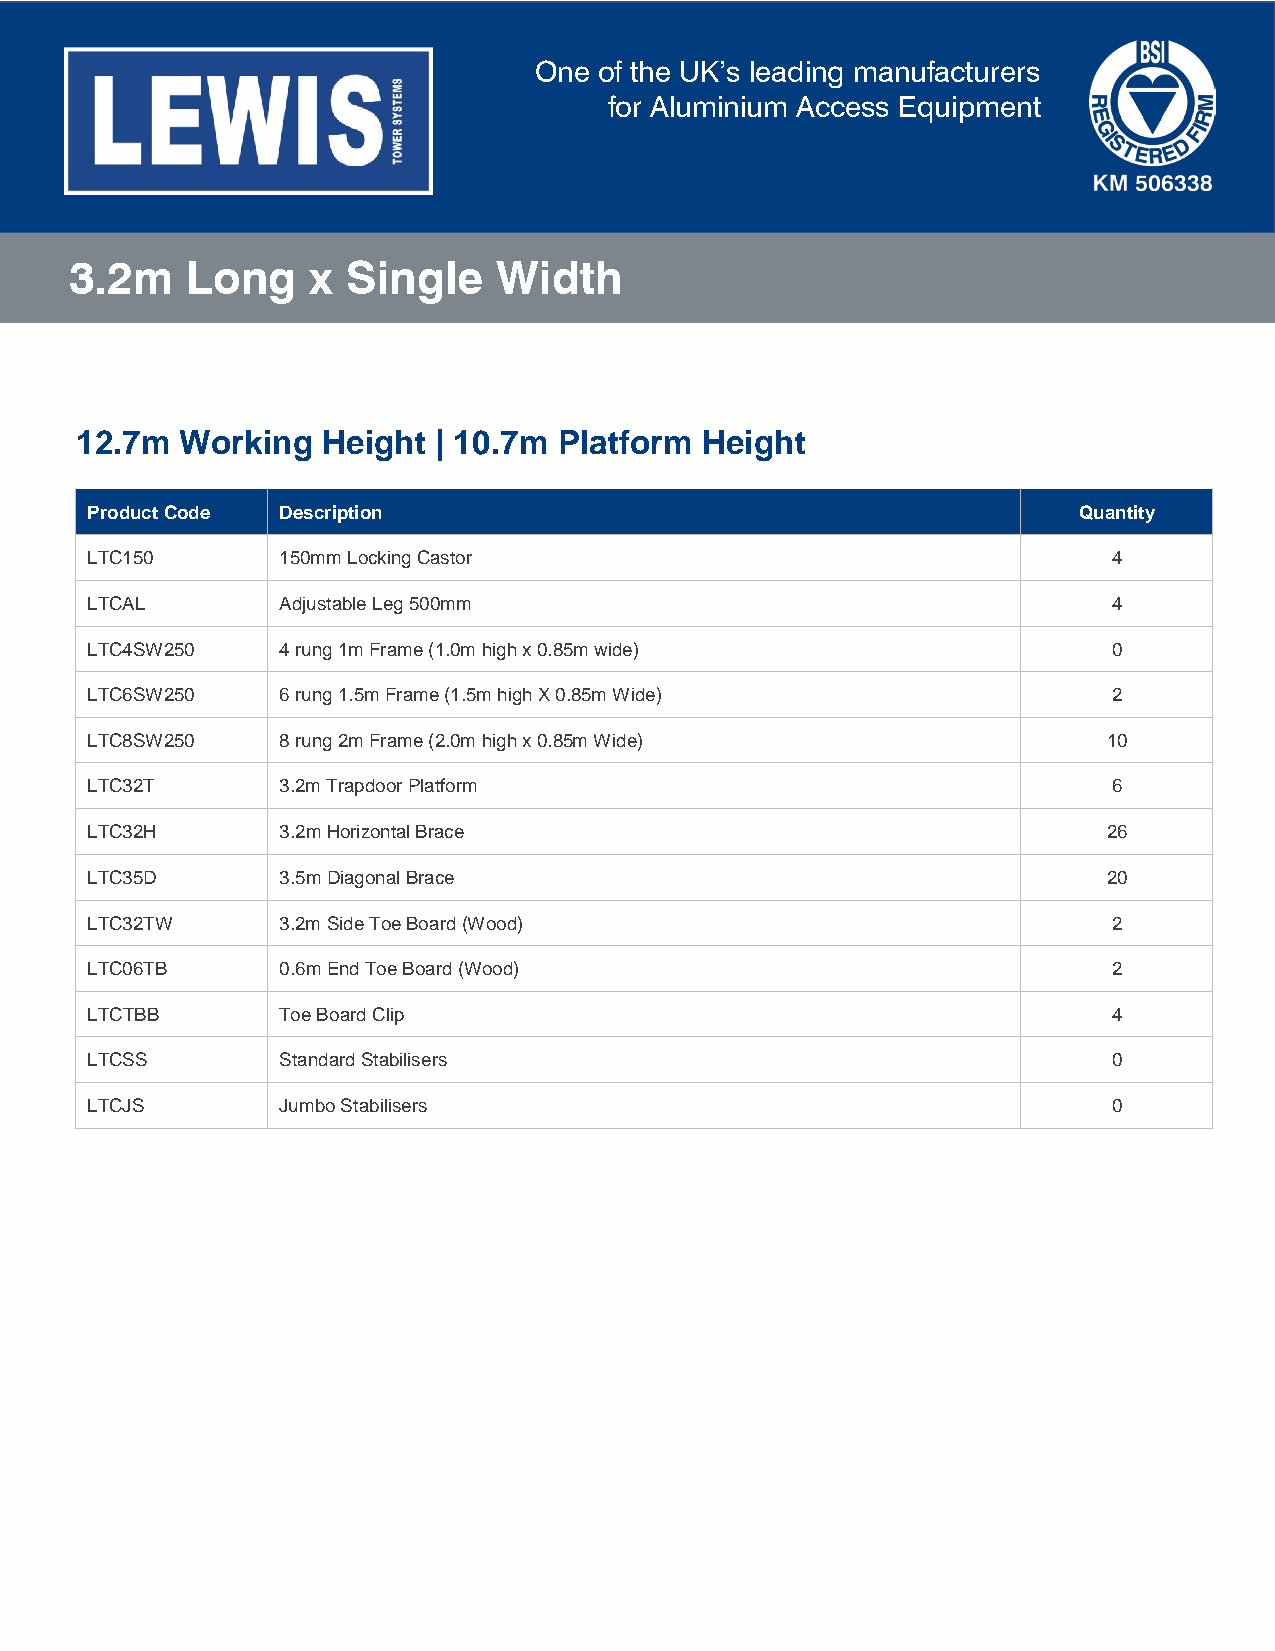
One  of the UK’s leading manufacturers
 for Aluminium Access Equipment
 3.2m   Long     x Single    Width
 12.7m  Working  Height  | 10.7m Platform Height
 Product Code Description                                         Quantity
 LTC150      150mm Locking Castor                                    4
 LTCAL       Adjustable Leg 500mm                                    4
 LTC4SW250   4 rung 1m Frame (1.0m high x 0.85m wide)                0
 LTC6SW250   6 rung 1.5m Frame (1.5m high X 0.85m Wide)              2
 LTC8SW250   8 rung 2m Frame (2.0m high x 0.85m Wide)               10
 LTC32T      3.2m Trapdoor Platform                                  6
 LTC32H      3.2m Horizontal Brace                                  26
 LTC35D      3.5m Diagonal Brace                                    20
 LTC32TW     3.2m Side Toe Board (Wood)                              2
 LTC06TB     0.6m End Toe Board (Wood)                               2
 LTCTBB      Toe Board Clip                                          4
 LTCSS       Standard Stabilisers                                    0
 LTCJS       Jumbo Stabilisers                                       0